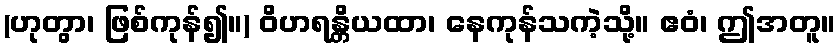
(ဟုတွာ၊ ဖြစ်ကုန်၍။) ဝိဟရန္တိယထာ၊ နေကုန်သကဲ့သို့။ ဧဝံ၊ ဤအတူ။